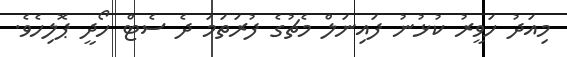
މިއަދު ހަވީރު ކުޅުނު ފައިނަލް މެޗުގެ ފުރަތަމަ ދެ ސެޓް ހޯދީ ޕޮލިހެވެ.